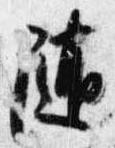
随